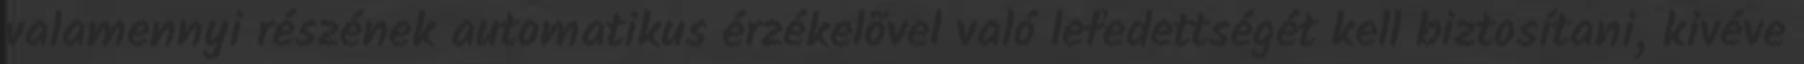
valamennyi részének automatikus érzékelõvel való lefedettségét kell biztosítani, kivéve